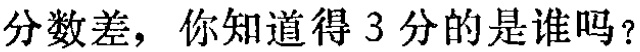
分数差，你知道得 3 分的是谁吗？